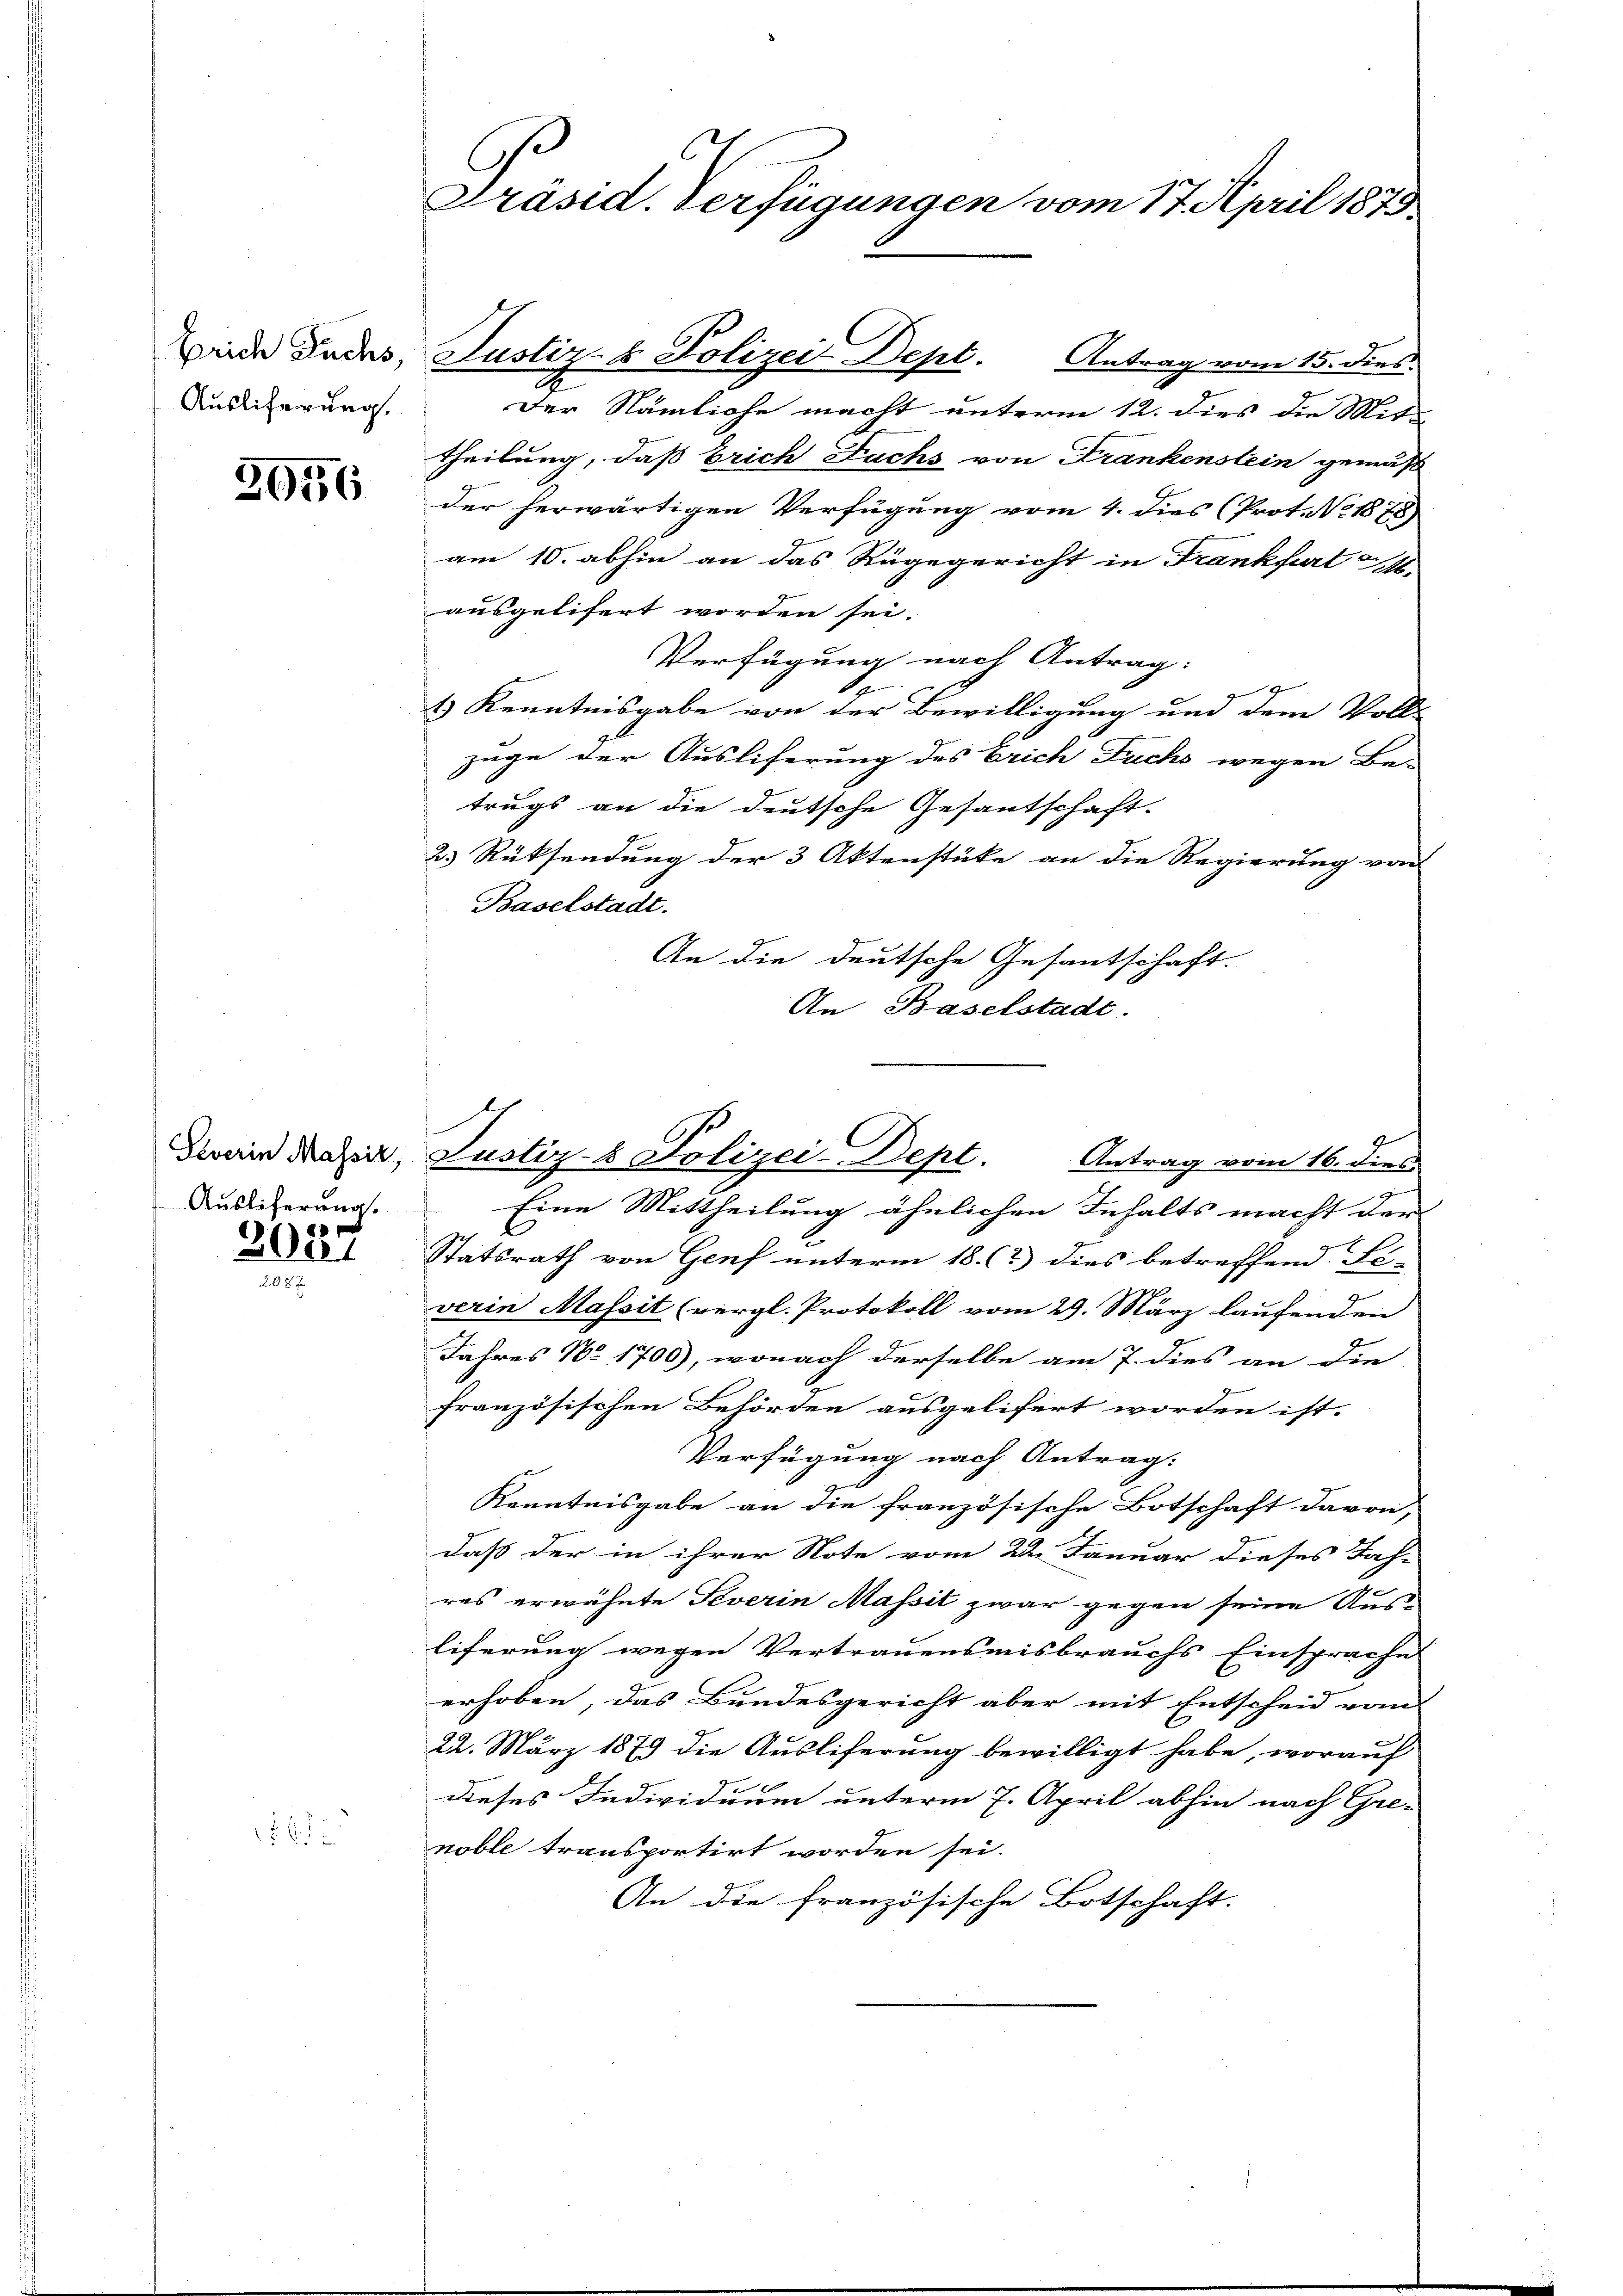
Ausliferung.

2656

Auslieferung.

2027

162

C
Präsid. Verfügungen vom 17. April 1879.
Beide Lades, Justiz- & Polizei Dept. Antrag vom 15. dies

Der Nämliche macht unterm 12. dies die Mit-
theilung, daß Erich Fuchs von Frankenstein gemäß
der herwärtigen Verfügung vom 4. dies (Prot. Nr. 1878)
am 10. abhin an das Rugegericht in Frankfurt M
ausgelisert worden sei.
Verfügung nach Antrag:
i
1) Kenntnisgabe von der Bewilligung und dem Voll-
zuge der Ausliferung des Erich Fuchs wegen Be-
trugs an die deutsche Gesantschaft.
2.) Rücksendung der 3 Aktenstücke an die Regierung von
Baselstadt.
An die deutsche Gesantschaft.
An Baselstadt.

Dein Maler, Justiz- & Polizei-Dept. Antrag vom 16. dies

Eine Mittheilung ähnlichen Inhalts macht der
Statsrath von Genf unterm 18. (?) dies betreffend Fi-
verin Massit (vergl. Protokoll vom 29. März laufenden
Jahres No 1706), wonach derselbe am 7. dies an die
französischen Behörden ausgelifert worden ist.
Verfügung nach Antrag:
Kenntnisgabe an die französische Botschaft davon,
daß der in ihrer Note vom 22. Januar dieses Jah-
res erwähnte Severin Massit zwar gegen seine Aus-
liferung wegen Vertrauensmisbrauchs Einsprache
erhoben, das Bundesgericht aber mit Entscheid vom
22. März 1879 die Ausliferung bewilligt habe, worauf
dieses Individuum unterm 7. April abhin nach Gre-
noble transportirt worden sei.
An die französische Botschaft.